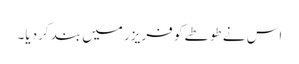
اس نے طوطے کو فریزر میں بند کردیا۔